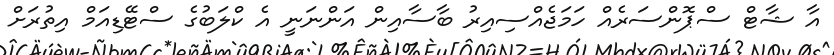
އާ ޝާޓް ސްޕޮންސަރެއް ހަމަޖެއްސިއިރު ބާސާއިން އަންނަނީ އެ ކްލަބުގެ ސްޓޭޑިއަމް އިތުރަށް